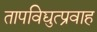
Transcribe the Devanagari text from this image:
तापविद्युत्प्रवाह